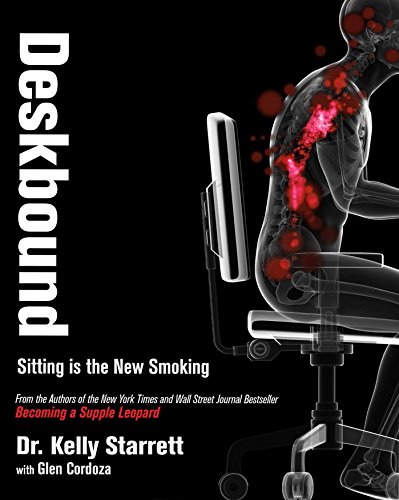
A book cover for Deskbound: Sitting is the New Smoking; Kelly Starrett; Health, Fitness & Dieting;